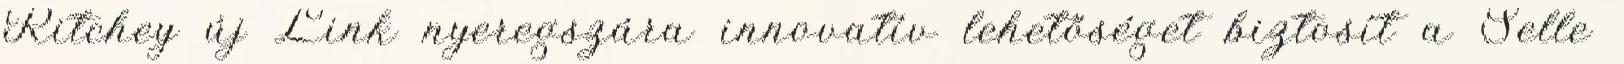
Ritchey új Link nyeregszára innovatív lehetőséget biztosít a Selle